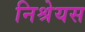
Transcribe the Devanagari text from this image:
निश्रेयस